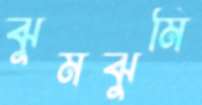
ঝুমঝুমি